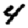
Digit: 4